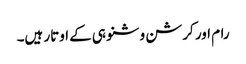
رام اور کرشن وشنو ہی کے اوتار ہیں۔